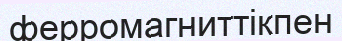
ферромагниттікпен